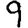
Digit: 9